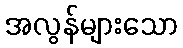
အလွန်များသော